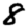
Digit: 8